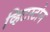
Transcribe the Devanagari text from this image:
व्हिटस्टोन